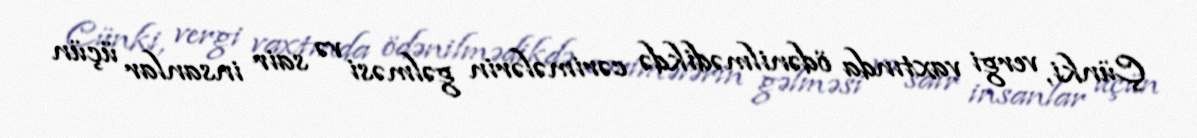
Çünki, vergi vaxtında ödənilmədikdə cərimələrin gəlməsi və sair insanlar üçün